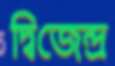
দ্বিজেন্দ্র